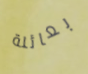
بعائلة